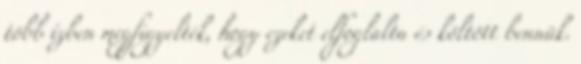
több ízben megfigyelték, hogy ezeket elfoglalta és költött bennük.